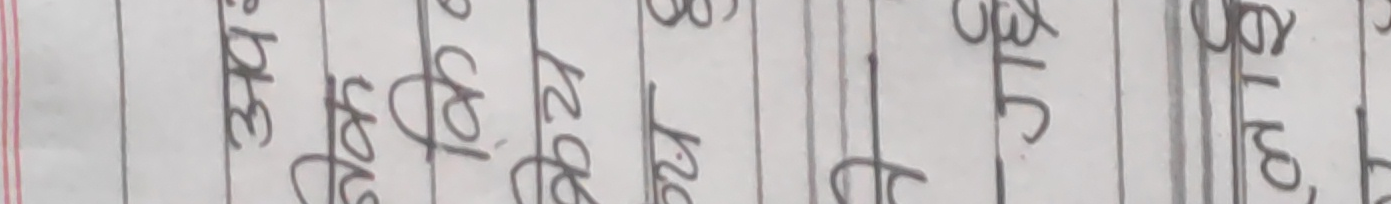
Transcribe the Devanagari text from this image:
34th येल्टू 27 से० से